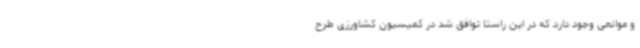
و موانعی وجود دارد که در این راستا توافق شد در کمیسیون کشاورزی طرح